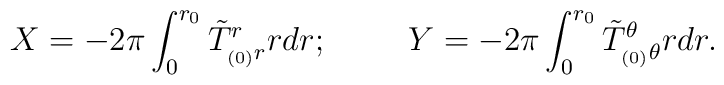
X = -2 \pi \int_{0}^{r_0} \tilde T^r_{_{(0)}r} r dr;  \hspace{1 true cm} Y = -2 \pi \int_{0}^{r_0} \tildeT^{\theta}_{_{(0)}\theta} r dr.